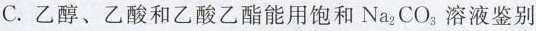
C.乙醇、乙酸和乙酸乙酯能用饱和Na_{2}CO_{3}溶液鉴别